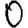
Digit: 0